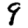
Digit: 9